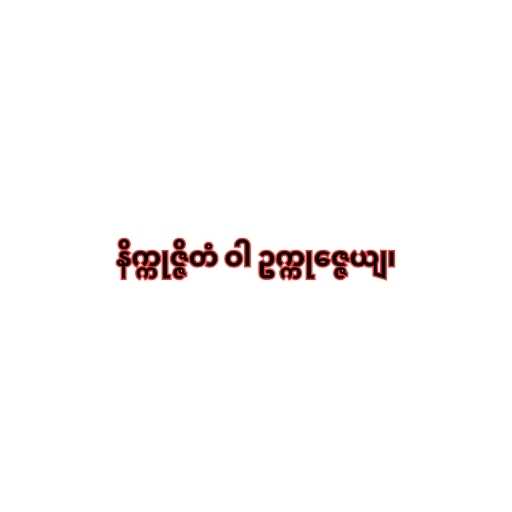
နိက္ကုဇ္ဇိတံ ဝါ ဥက္ကုဇ္ဇေယျ၊